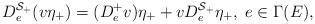
LaTeX: \begin{align*}D^{\mathcal S_{+}}_{e} (v \eta_{+}) = (D^{+}_{e} v)\eta_{+} + v D^{\mathcal S_{+}}_{e} \eta_{+},\ e\in \Gamma (E), \end{align*}